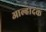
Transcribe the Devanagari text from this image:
आल्हादक